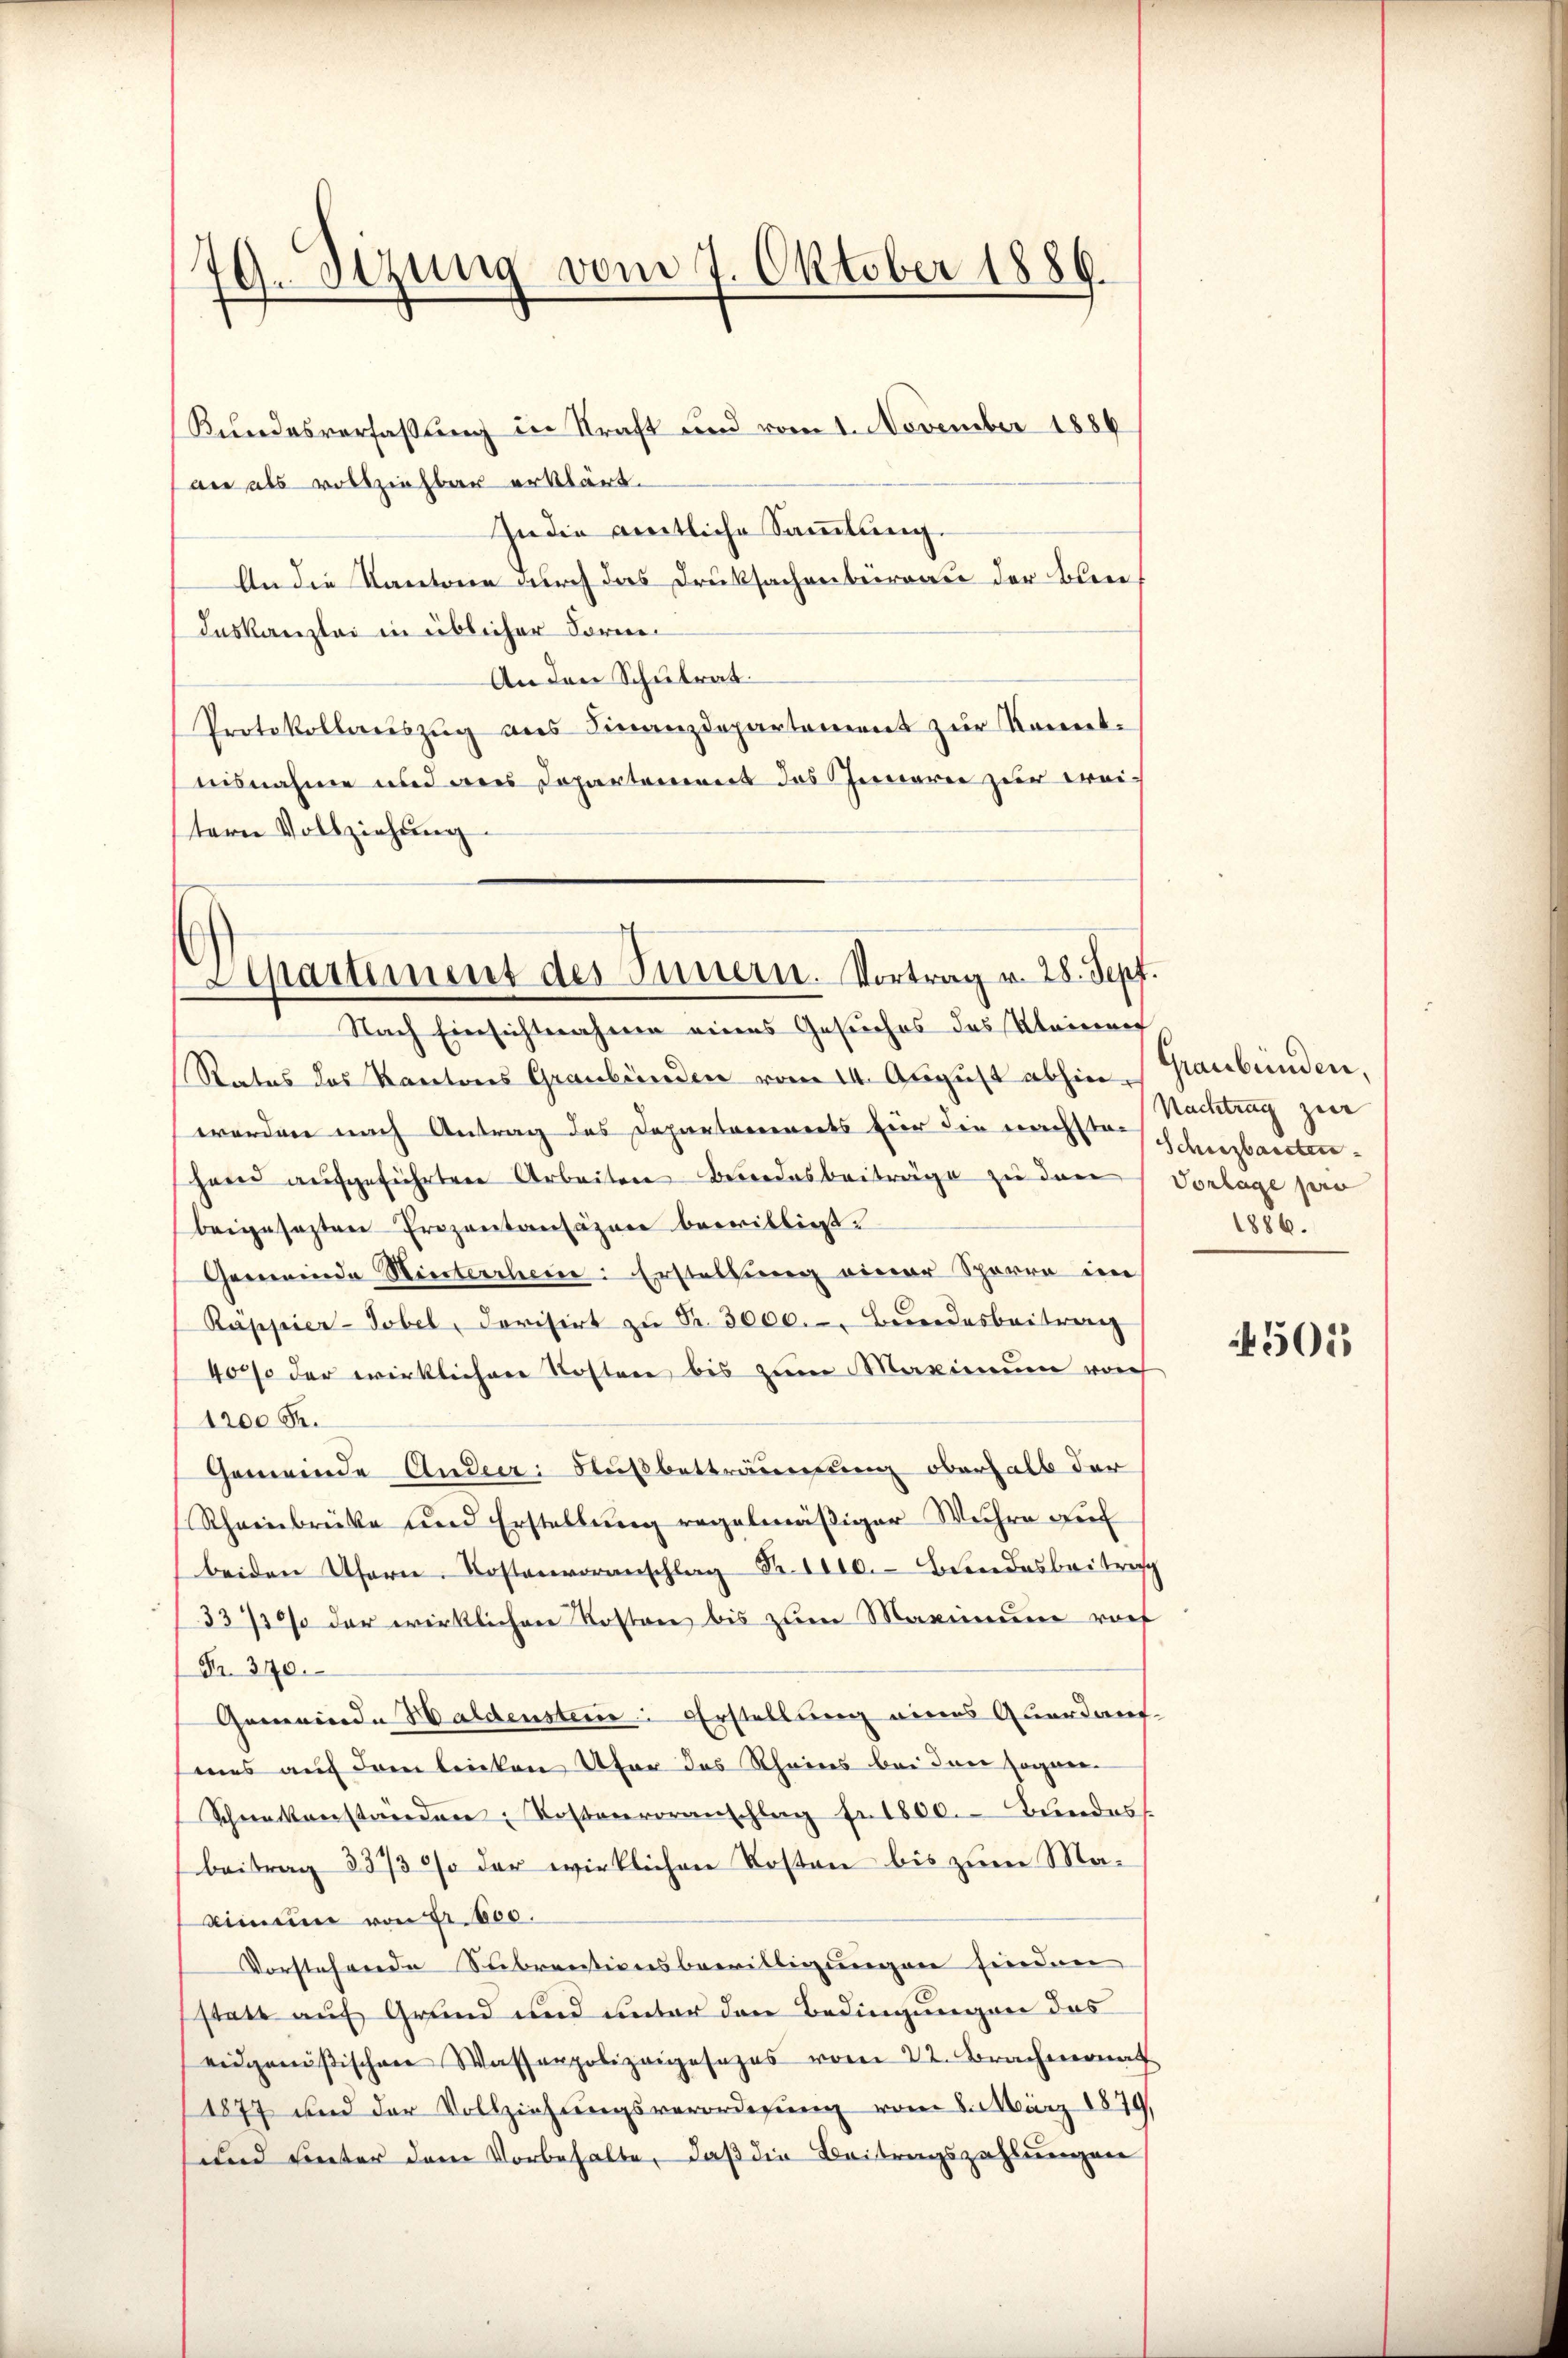
79.Sizung vom 7. Oktober 1886.

an als vollziehbar erklärt.
In die amtliche Sammlung.
An die Kantone durch das Druksachenbeirate der blei
deskanzlei in üblicher Form¬
An den Schulrat.
Protokollauszug aus Finanzdepartement zur Kenntnisnahme und des Dopartement das Innerei zur Freiterer Vollziehung

Rundesverfaßung in Kraft und vom 1. November 1886

Separtement des Innern. Vortrag v. 28. Sepf.
Nach Einsichtnahmen eines Gesuches das Kleinen

Status des Kantons Graubünden vom 14. August abhin Graubünden,
worden nach Antrag des Departanereits für die nachste Schausbautenhernd aufgeführten Arbeiten Bundesbeiträge zu den Vorlage sein
beigesezten Prozentansäzen bewilligt.
Gemeinde Winterchein: Erstellung einer Sporre im
Rappier-Tobel, dorisirt zŭ Fr. 3000.-. Bŭndesbeitrag
4000 der wirklichen Kosten bis zum Maximum vorh
1200 R.
Gemeinde Ander: Nußbetträumung oberhalb der
Rheinbrücke und Erstellung regelmäßiger Weihre auf
beiden Ufern. Kostenvoranschlag Fr. 1000.- Bundesbeitrag
33730% der wirklichen Kosten bis zum Maximum vor
Fr. 370.
Gemeinde Baldensteine Erstellung eines Quartant-
sines auf dem leiten Ufer des Rheins bei den sogen-
Schneckenständen Kostenvoranschlag fr. 1800. Bundes
beitrag 3373 % der wirklichen Kosten bis zum Ma¬
Simme von Fr. 1800.
Vorstehende Subrentionsbewilligungen sinden
statt auf Grund und unter den Bedingungen das
eidgenößischen Wasserpolizeigesezes vom 22. Brachmonat
1877 und der Vollziehungsverordnung vom 8. März 1879,
und unter dem Vorbehalte, daß die Beitragszahlungen

Nachtrag zur
1886.

501